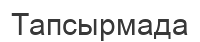
Тапсырмада